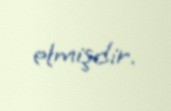
etmişdir.